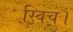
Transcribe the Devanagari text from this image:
स्विच।